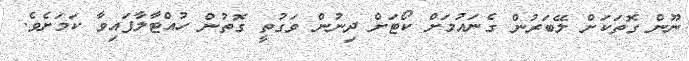
ނޫން ގޮތަކަށް ލޭބަރުން ގެނައުމަށް ކޯޓަށް ދިނުން ވަގުތީ ގޮތުން ހުއްޓާލާފައިވާ ކަމަށެވެ.